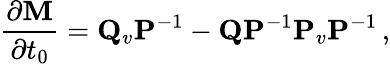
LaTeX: \frac{\partial{\mathbf M}}{\partial t_{0}}={\mathbf Q}_{v}{\mathbf P}^{-1}-{\mathbf Q}{\mathbf P}^{-1}{\mathbf P}_{v}{\mathbf P}^{-1}\, ,